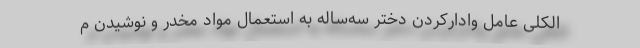
الکلی عامل وادارکردن دختر سه‌ساله به استعمال مواد مخدر و نوشیدن م